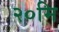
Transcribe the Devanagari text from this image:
२०मि